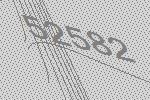
52582